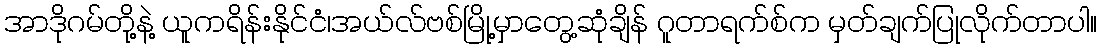
အာဒိုဂမ်တို့နဲ့ ယူကရိန်းနိုင်ငံ၊အယ်လ်ဗစ်မြို့မှာတွေ့ဆုံချိန် ဂူတာရက်စ်က မှတ်ချက်ပြုလိုက်တာပါ။